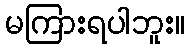
မကြားရပါဘူး။